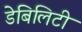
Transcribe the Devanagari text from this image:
डेबिलिटी